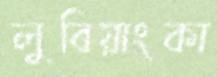
লুবিয়াংকা